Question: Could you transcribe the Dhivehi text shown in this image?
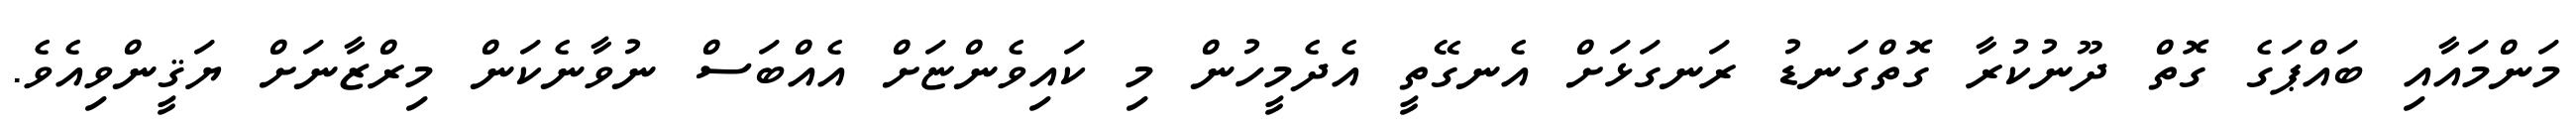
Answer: މަންމައާއި ބައްޕަގެ ގޮތް ދޫނުކުރާ ގޮތްގަނޑު ރަނގަޅަށް އެނގޭތީ އެދެމީހުން މި ކައިވެންޏަށް އެއްބަސް ނުވާނެކަން މިރްޒާނަށް ޔަޤީންވިއެވެ.